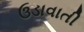
ઉડાવાતી